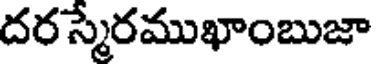
దర స్మరముఖాంబుజా